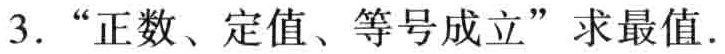
3. “正数、定值、等号成立”求最值.